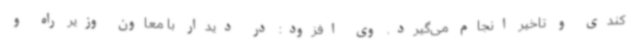
کندی و تاخیر انجام می‌گیرد. وی افزود: در دیدار با معاون وزیر راه و